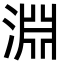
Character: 淵